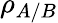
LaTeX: \rho_{A/B}